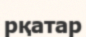
рқатар